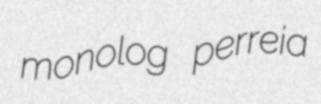
monolog perreia